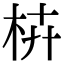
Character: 枿